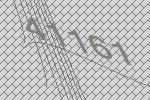
41161